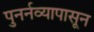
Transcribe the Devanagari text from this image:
पुनर्नव्यापासून